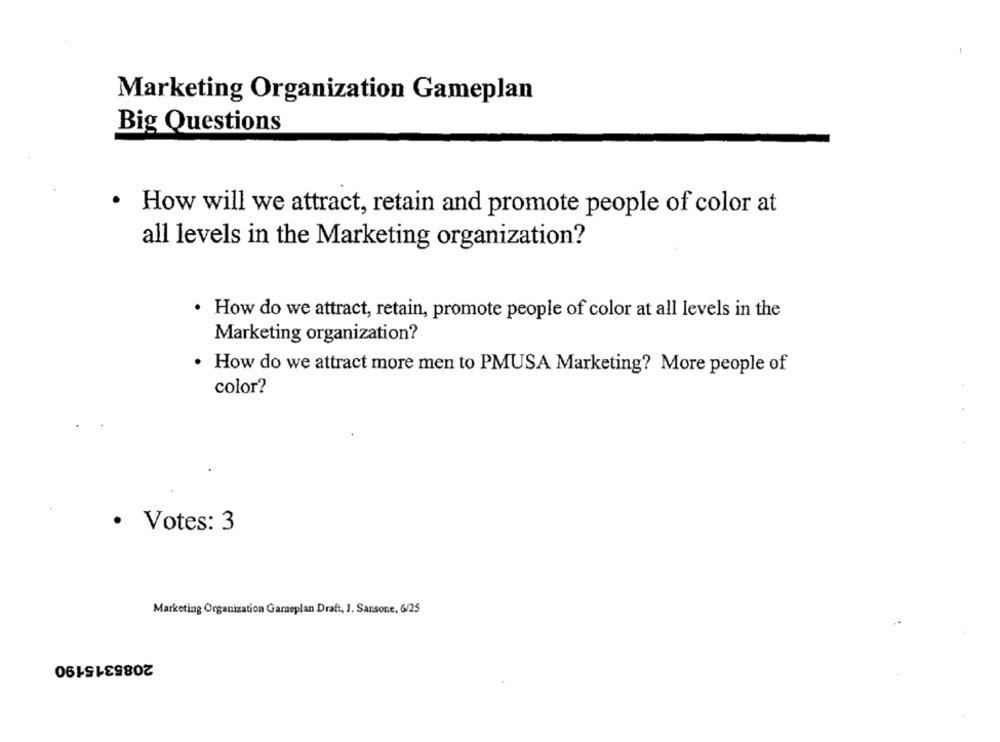
Marketing Organization Gameplan
Big Questions
· How will we attract, retain and promote people of color at
all levels in the Marketing organization?
· How do we attract, retain, promote people of color at all levels in the
Marketing organization?
· How do we attract more men to PMUSA Marketing? More people of
color?
· Votes: 3
Marketing Organization Gameplan Draft, J. Sansone, 6/25
2085315190